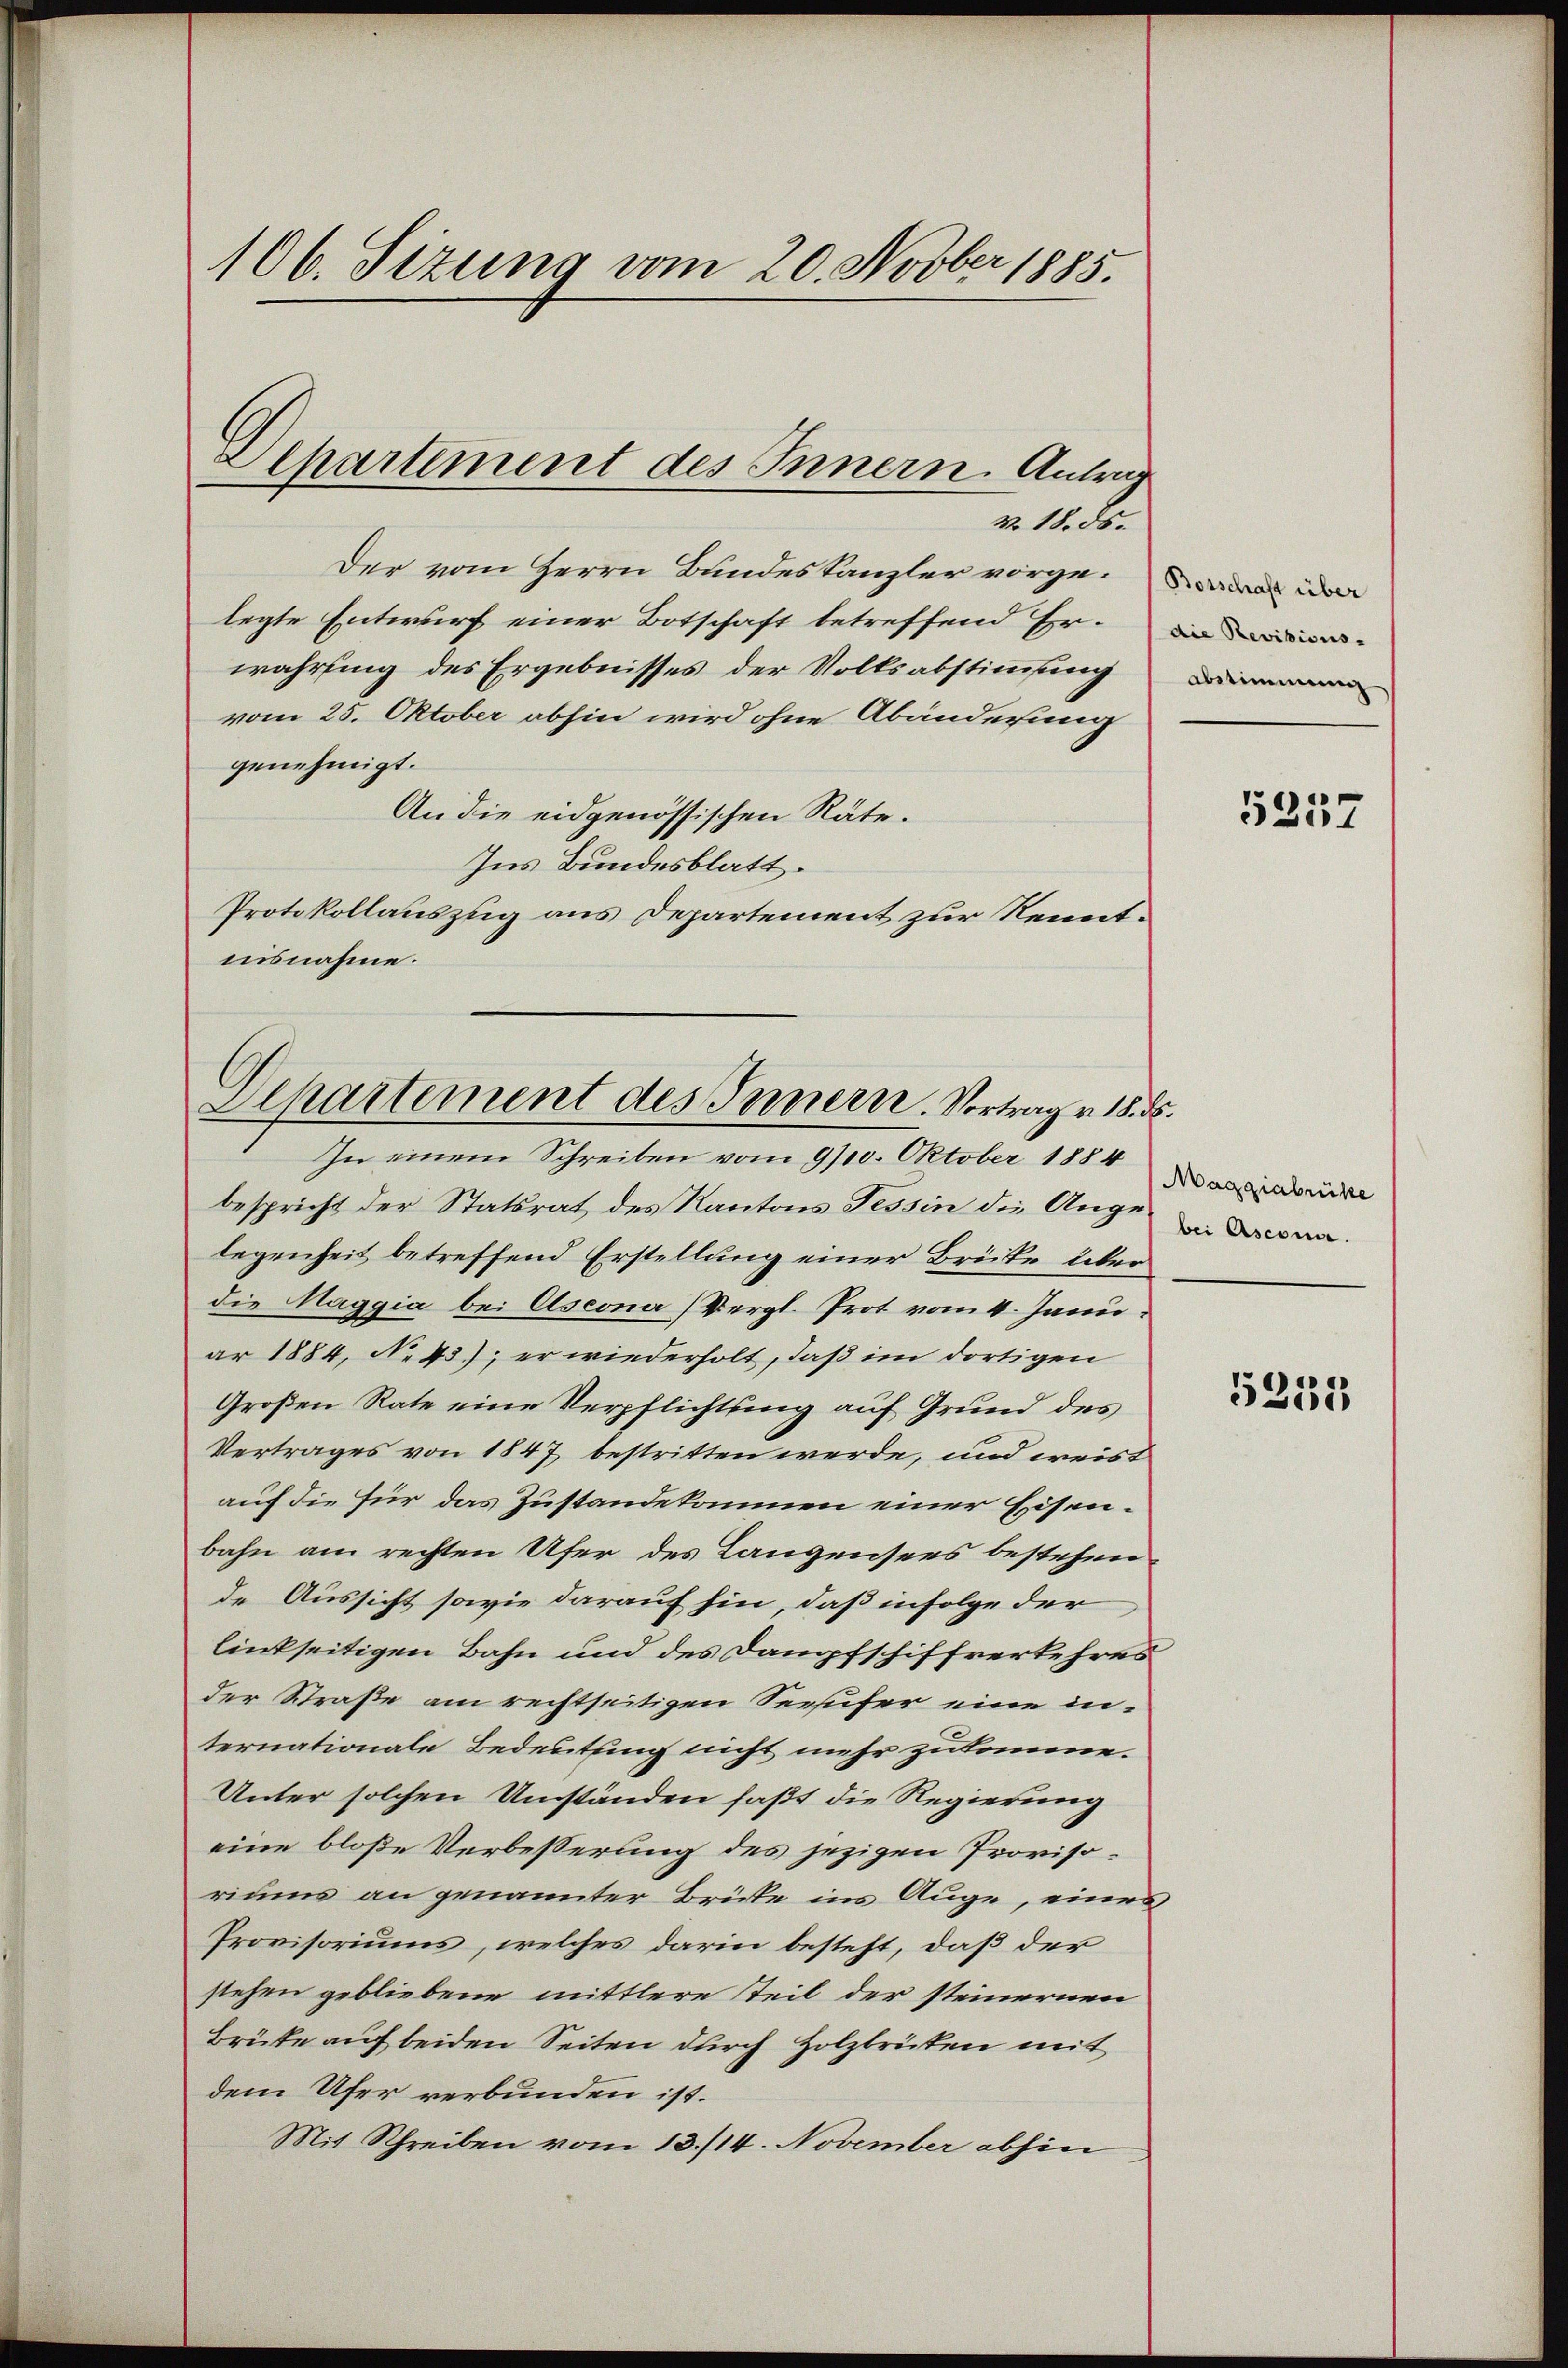
106. Sizung vom 20. Novber 1885.

Der vom Herrn Bundeskanzler vorgelegte Entwurf einer Botschaft betreffend Erwahring des Ergebnisses der Volksabstimmung
vom 25. Oktober abhin wird ohne Abänderung
genehmigt.
An die eidgenössischen Räte.
Ins Bundesblatt.
Protokollauszug aus Departement zur Kenntnisnahme.

Dehartement des Innern. Antrag
v. 18. ds.

Departement des Innern. Vortrag v. 18. ds.

In einem Schreiben vom 9/10. Oktober 1884
bespricht der Statsrat des Kantons Tessin die Auge na
legenheit betreffend Erstellung einer Brücke über
die Maggia bei Ascona (Vergl. Prot vom 4. Janu
ar 1884, No 43); er wiederholt, daß im dortigen
Großen Rate eine Verpflichtung auf Grund des
Vertrages von 1847 bestritten werde, und weist
auf die für das Zustandekommen einer Eisenbahn am rechten Ufer des Langensees bestehende Aussicht sowie darauf hin, daß infolge der
linkseitigen Bahn und des Dampfschiffverkehres
der Straße am rechtseitigen Seeufer eine internationale Bedeutung nicht mehr zukomme.
Unter solchen Umständen faßt die Regierung
eine bloße Verbesserung des jezigen Provisoriums an genannter Brüte ins Auge, eines
Provisoriums, welches darin besteht, daß der
stehen gebliebene mittlere steil der steinernen
Brüte auf beiden Seiten durch Holzbrüten mit
dem Ufer verbunden ist.
Mit Schreiben vom 13./14. November abhin

abstimmung

5257

Maggiabrüke

5235